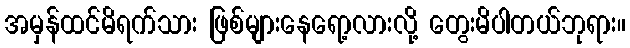
အမှန်ထင်မိရက်သား ဖြစ်များနေရော့လားလို့ တွေးမိပါတယ်ဘုရား။